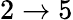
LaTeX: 2\to 5